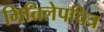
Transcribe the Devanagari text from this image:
भित्तिलेपचित्र